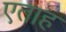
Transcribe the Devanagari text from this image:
एताह